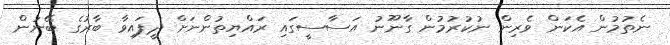
ނެތުމުން އެކަން ވެރިން ނުކުރުމުން ގާނޫނު އަސާސީގައި ރައްޔިތުންނަށް ދީފައިވާ ބާރުގެ ބޭނުން